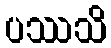
ပဿသိ